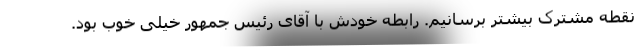
نقطه مشترک بیشتر برسانیم. رابطه خودش با آقای رئیس جمهور خیلی خوب بود.